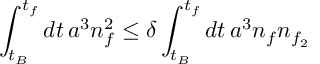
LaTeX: \int _ { t _ { B } } ^ { t _ { f } } d t \, a ^ { 3 } n _ { f } ^ { 2 } \leq \delta \int _ { t _ { B } } ^ { t _ { f } } d t \, a ^ { 3 } n _ { f } n _ { f _ { 2 } }